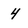
Character: 4